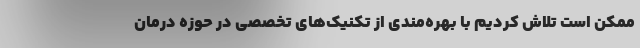
ممکن است تلاش کردیم با بهره‌مندی از تكنيك‌هاي تخصصي در حوزه درمان